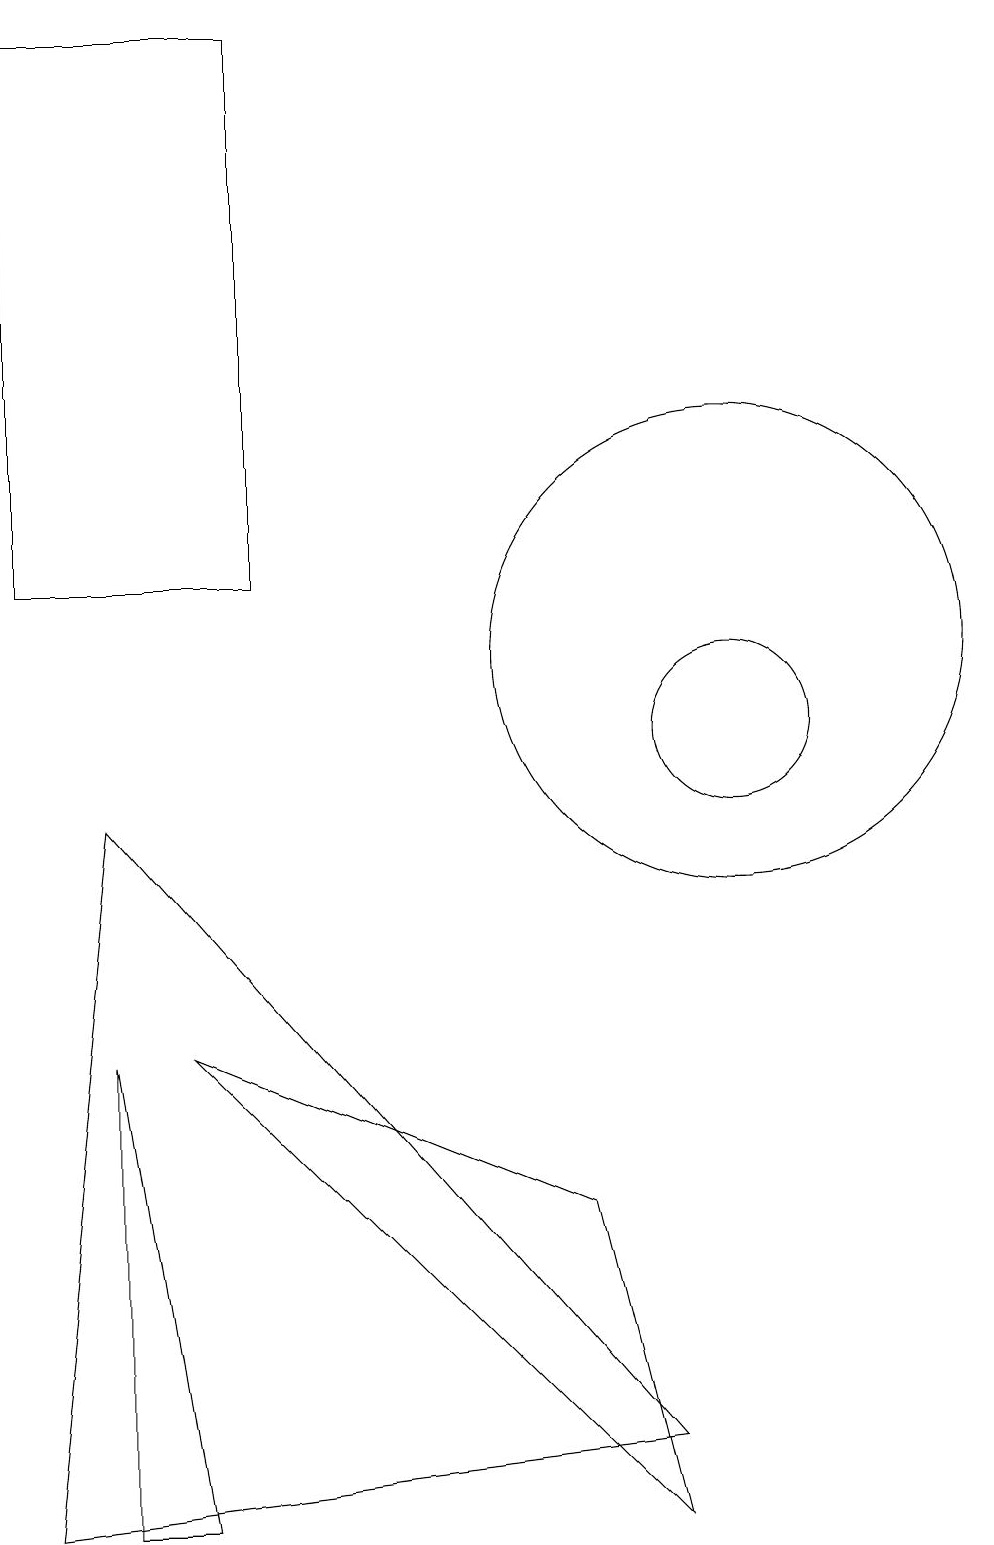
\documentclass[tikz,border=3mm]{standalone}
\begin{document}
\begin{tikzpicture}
\draw (3,6) -- (9,0) -- (8,4) -- cycle;
\draw (10,11) circle (3);
\draw (2,6) -- (3,0) -- (2,0) -- cycle;
\draw (1,19) rectangle (4,12);
\draw (1,0) -- (2,9) -- (9,1) -- cycle;
\draw (10,10) circle (1);
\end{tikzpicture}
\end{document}